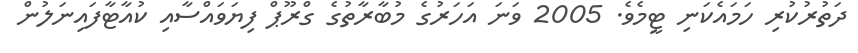
ދަތުރުކުރި ހަމައެކަނި ޓީމެވެ. 2005 ވަނަ އަހަރުގެ މުބާރާތުގެ ގްރޫޕް ފިޔަވައްސާއި ކުއާޓާފައިނަލުން